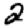
Digit: 2